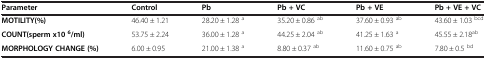
<table><thead><tr><td><b>Parameter</b></td><td><b>Control</b></td><td><b>Pb</b></td><td><b>Pb + VC</b></td><td><b>Pb + VE</b></td><td><b>Pb + VE + VC</b></td></tr></thead><tbody><tr><td><b>MOTILITY(%)</b></td><td>46.40 ± 1.21</td><td>28.20 ± 1.28 <sup>a</sup></td><td>35.20 ± 0.86 <sup>ab</sup></td><td>37.60 ± 0.93 <sup>ab</sup></td><td>43.60 ± 1.03 <sup>bcd</sup></td></tr><tr><td><b>COUNT(sperm x10</b><sup><b>6</b></sup><b>/ml)</b></td><td>53.75 ± 2.24</td><td>36.00 ± 1.28 <sup>a</sup></td><td>44.25 ± 2.04 <sup>ab</sup></td><td>41.25 ± 1.63 <sup>a</sup></td><td>45.55 ± 2.18<sup>ab</sup></td></tr><tr><td><b>MORPHOLOGY CHANGE (%)</b></td><td>6.00 ± 0.95</td><td>21.00 ± 1.38 <sup>a</sup></td><td>8.80 ± 0.37 <sup>ab</sup></td><td>11.60 ± 0.75 <sup>ab</sup></td><td>7.80 ± 0.5 <sup>bd</sup></td></tr></tbody></table>